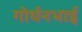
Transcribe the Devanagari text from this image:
गोर्धनभाई